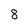
Character: 8